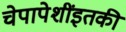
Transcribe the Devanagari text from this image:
चेपापेशींइतकी